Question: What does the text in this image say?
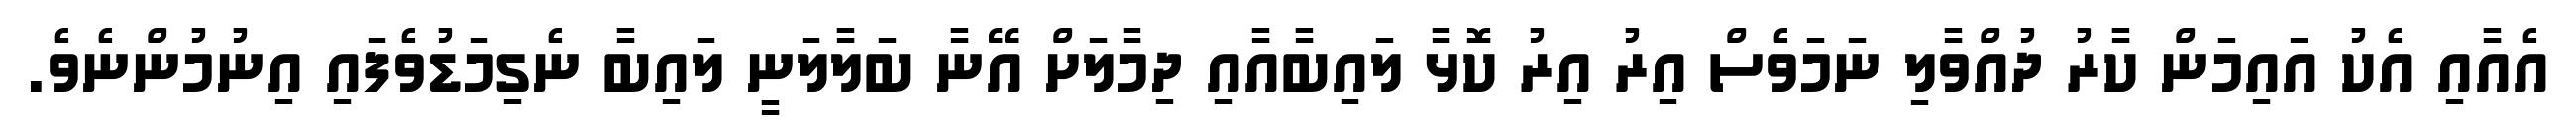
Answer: އެއާއި އެކު އައިމަން ކާރު ދުއްވާލި ނަމަވެސް އިރު އިރު ކޮޅާ ލައިބާއާއި ދިމާލަށް އޭނާ ބަލާލަނީ ލައިބާ ނެގިމަޑުވެފައި އިނުމުންނެވެ.